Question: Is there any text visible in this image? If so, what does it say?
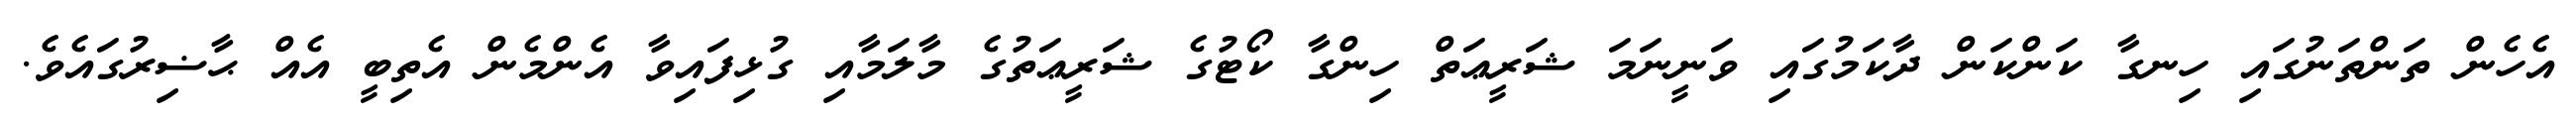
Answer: އެހެން ތަންތަނުގައި ހިނގާ ކަންކަން ދާކަމުގައި ވަނީނަމަ ޝަރީޢަތް ހިންގާ ކޯޓުގެ ޝަރީޢަތުގެ މާލަމާއި ގުޅިފައިވާ އެންމެން އެތިބީ އެއް ޙާޟިރުގައެވެ.